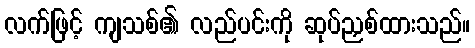
လက်ဖြင့် ကျသစ်၏ လည်ပင်းကို ဆုပ်ညှစ်ထားသည်။